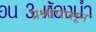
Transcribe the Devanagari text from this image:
प्रश्नांपासून